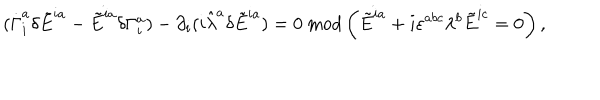
LaTeX: ( \dot { \Gamma } _ { i } ^ { a } \delta \tilde { E } ^ { i a } - \dot { \tilde { E } ^ { i a } } \delta \Gamma _ { i } ^ { a } ) - \partial _ { i } ( i \hat { \lambda } ^ { a } \delta \tilde { E } ^ { i a } ) = 0 \ \mathrm { m o d } \left( \dot { \tilde { E } ^ { i a } } + i \varepsilon ^ { a b c } \lambda ^ { b } \tilde { E } ^ { i c } = 0 \right) ,